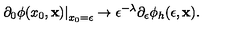
\left. \partial _ { 0 } \phi ( x _ { 0 } , { \bf x } ) \right| _ { x _ { 0 } = \epsilon } \to \epsilon ^ { - \lambda } \partial _ { \epsilon } \phi _ { h } ( \epsilon , { \bf x } ) .